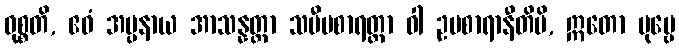
ဝုစ္စတိ, ဧဝံ အပ္ပနာယ အာသန္နတ္တာ သမီပစာရတ္တာ ဝါ ဥပစာရာနီတိပိ, ဣတော ပုဗ္ဗေ